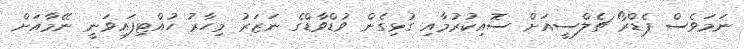
ނަމަވެސް ޕެޑްރޯ ޗެލްސީއަށް ސޮއިކުރުމާއި ގުޅިގެން ވުޑްވާޑްގެ ނަޒަރު މިހާރު ހުއްޓިފައިވަނީ ނޭމާއަށް